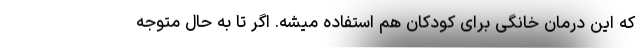
که این درمان خانگی برای کودکان هم استفاده میشه. اگر تا به حال متوجه